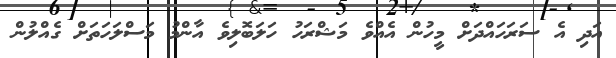
އަދި އެ ސަރަހައްދަށް މީހުން އެއްވެ މަޝްރަހު ހަލަބޮލިވެ އާންމު މަސްލަހަތަށް ގެއްލުން